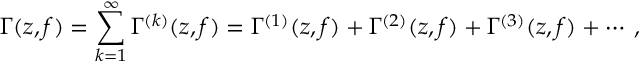
\Gamma ( z , f ) = \sum _ { k = 1 } ^ { \infty } \Gamma ^ { ( k ) } ( z , f ) = \Gamma ^ { ( 1 ) } ( z , f ) + \Gamma ^ { ( 2 ) } ( z , f ) + \Gamma ^ { ( 3 ) } ( z , f ) + \cdots \: ,